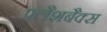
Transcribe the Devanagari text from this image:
फ्लैशबैक्स